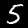
Label: 5